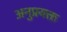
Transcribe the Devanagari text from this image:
अनुप्रयक्त